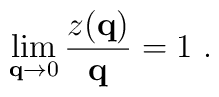
\lim_{{\bf q} \rightarrow 0 }\frac{z ({\bf q} )}{ {\bf q}} = 1 \ .